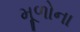
મૂળોના